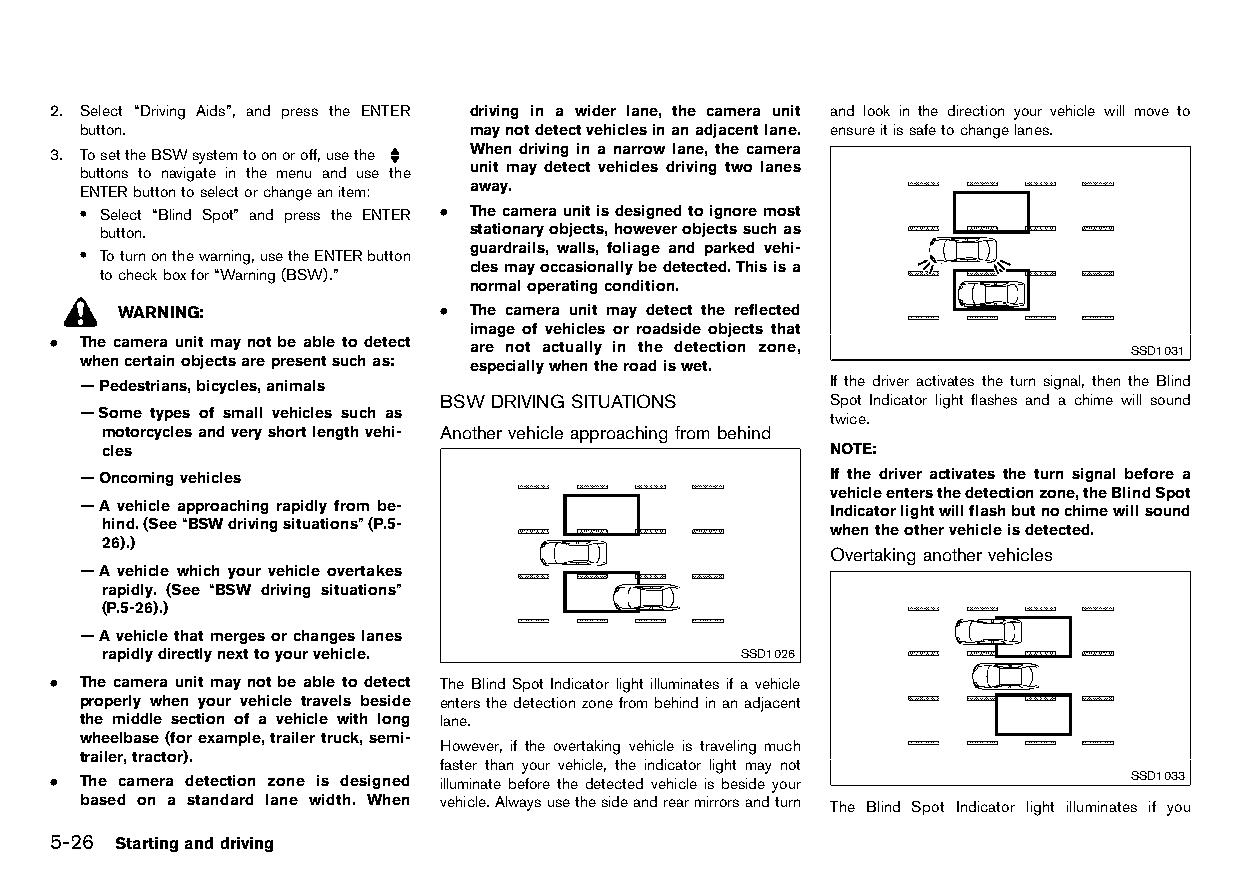
(210,1)
 2. Select “Driving Aids”, and press the ENTER driving in a wider lane, the camera unit and look in the direction your vehicle will move to
 button.                   maynotdetectvehiclesinanadjacentlane. ensureitissafetochangelanes.
 3. TosettheBSWsystemtoonoroff,usethe When driving in a narrow lane, the camera
 buttons to navigate in the menu and use the unit may detect vehicles driving two lanes
 ENTERbuttontoselectorchangeanitem: away.
 . Select “Blind Spot” and press the ENTER . Thecameraunitisdesignedtoignoremost
 button.                  stationaryobjects,howeverobjectssuchas
 guardrails, walls, foliage and parked vehi-
 . Toturnonthewarning,usetheENTERbutton
 clesmayoccasionallybedetected.Thisisa
 tocheckboxfor“Warning(BSW).”
 normaloperatingcondition.
 WARNING:             . The camera unit may detect the reflected
 image of vehicles or roadside objects that
 . The camera unit may not be able to detect are not actually in the detection zone, SSD1031
 whencertainobjectsarepresentsuchas: especiallywhentheroadiswet.
 —Pedestrians,bicycles,animals                     If the driver activates the turn signal, then the Blind
 BSWDRIVING SITUATIONS     Spot Indicator light flashes and a chime will sound
 —Some types of small vehicles such as HT32A1-FEA5903B-E854-4F9C-8E8D-28E430841AEF twice.
 motorcyclesandveryshortlengthvehi- Another vehicle approaching from behind
 cles                         HT32A1-F89D0981-5288-497D-BC24-E907EB6D9313 NOTE:
 —Oncomingvehicles                                 If the driver activates the turn signal before a
 vehicleentersthedetectionzone,theBlindSpot
 —A vehicle approaching rapidly from be-           Indicatorlightwillflashbutnochimewillsound
 hind.(See“BSWdrivingsituations”(P.5-            whentheothervehicleisdetected.
 26).)
 Overtaking another vehicles
 —A vehicle which your vehicle overtakes                 HT32A1-E666802A-D0AA-4CCC-93A3-7E40B34F9D50
 rapidly. (See “BSW driving situations”
 (P.5-26).)
 —Avehiclethatmergesorchangeslanes
 rapidlydirectlynexttoyourvehicle.         SSD1026
 . The camera unit may not be able to detect The Blind Spot Indicator light illuminates if a vehicle
 properly when your vehicle travels beside entersthedetectionzonefrombehindinanadjacent
 the middle section of a vehicle with long lane.
 wheelbase(forexample,trailertruck,semi-
 However, if the overtaking vehicle is traveling much
 trailer,tractor).
 faster than your vehicle, the indicator light may not
 . The camera detection zone is designed illuminate before the detected vehicle is beside your SSD1033
 based on a standard lane width. When vehicle.Alwaysusethesideandrearmirrorsandturn The Blind Spot Indicator light illuminates if you
 5-26 Startinganddriving
 Condition:                        [Edit:2015/8/24 Model: HT32-A]